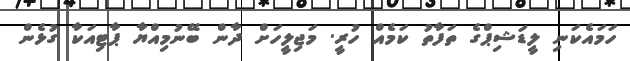
ހަމައެކަނި ލީޑަޝިޕްގެ ތަފާތު ކަމެއް ހުރީ. މަޖިލީހަށް ދާން ބޭނުމިއްޔާ ޕާޓިއަކާ ގުޅެން